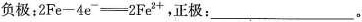
负极：$$2Fe-4e^{-}=2Fe^{2+}$$，正极：___。